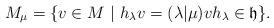
\begin{align*}M_\mu=\{v\in M\ |\ h_\lambda v=(\lambda|\mu)v h_\lambda\in \frak h\}.\end{align*}